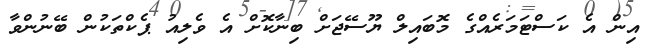
އިން އެ ކަސްޓަމަރެއްގެ މޮބައިލް ޔޫސޭޖަށް ބިނާކޮށް އެ ވެލިއު ޕެކްތަކުން ބޭނުންވާ